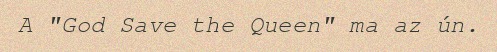
A "God Save the Queen" ma az ún.